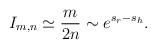
LaTeX: \begin{align*}I_{m,n} \simeq \frac{m}{2n} \sim e^{s_r - s_h}.\end{align*}